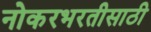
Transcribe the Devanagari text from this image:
नोकरभरतीसाठी